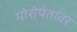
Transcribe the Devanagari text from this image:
मोरोपंतांवर